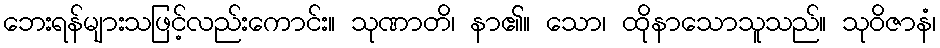
ဘေးရန်များသဖြင့်လည်းကောင်း။ သုဏာတိ၊ နာ၏။ သော၊ ထိုနာသောသူသည်။ သုဝိဇာနံ၊